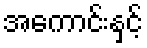
အကောင်းနှင့်